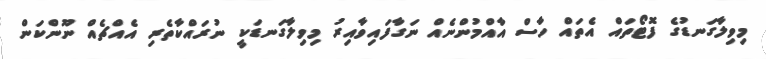
މިވިލާގަނޑުގެ ފޮޓޯތައް އެތައް ހާސް އާއްމުންނެއް ނަގާފައިވާއިރު މިވިލާގަނޑަކީ ނުރައްކާތެރި އެއްޗެއް ނޫންކަން